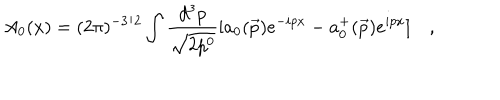
LaTeX: A _ { 0 } ( x ) = ( 2 \pi ) ^ { - 3 / 2 } \int \frac { d ^ { 3 } p } { \sqrt { 2 p ^ { 0 } } } [ a _ { 0 } ( \vec { p } ) e ^ { - i p x } - a _ { 0 } ^ { + } ( \vec { p } ) e ^ { i p x } ] \quad ,